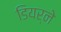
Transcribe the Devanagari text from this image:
डियर्ने